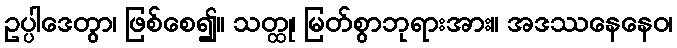
ဥပ္ပါဒေတွာ၊ ဖြစ်စေ၍။ သတ္ထု၊ မြတ်စွာဘုရားအား။ အဒဿနေနေဝ၊